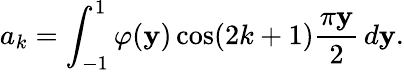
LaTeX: a_{k}=\int_{-1}^{1}\varphi(\mathbf{y})\cos(2k+1){\frac{{\pi\mathbf{y}}}{{2}}}\, d\mathbf{y}.